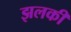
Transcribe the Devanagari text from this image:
झलकी